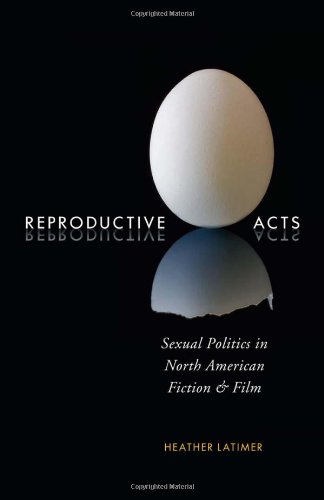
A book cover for Reproductive Acts: Sexual Politics in North American Fiction and Film; Politics & Social Sciences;